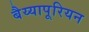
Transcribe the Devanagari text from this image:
बैय्यापूरियन